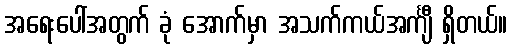
အရေးပေါ်အတွက် ခုံ အောက်မှာ အသက်ကယ်အင်္ကျီ ရှိတယ်။